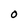
Character: O